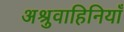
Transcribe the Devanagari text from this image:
अश्रुवाहिनियाँ